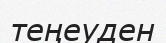
теңеуден